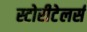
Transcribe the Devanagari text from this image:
स्टोरीटेलर्स